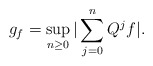
\begin{align*}g_{f}=\sup_{n\geq0}|\sum_{j=0}^{n}Q^{j}f|. \end{align*}